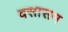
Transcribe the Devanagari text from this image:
वसासम